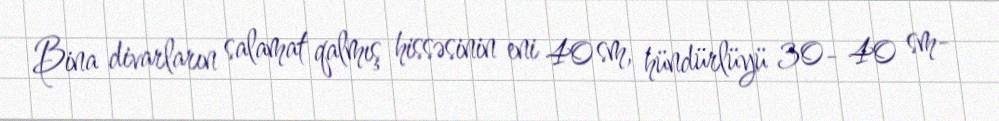
Bina divarların salamat qalmış hissəsinin eni 40 sm, hündürlüyü 30- 40 sm-